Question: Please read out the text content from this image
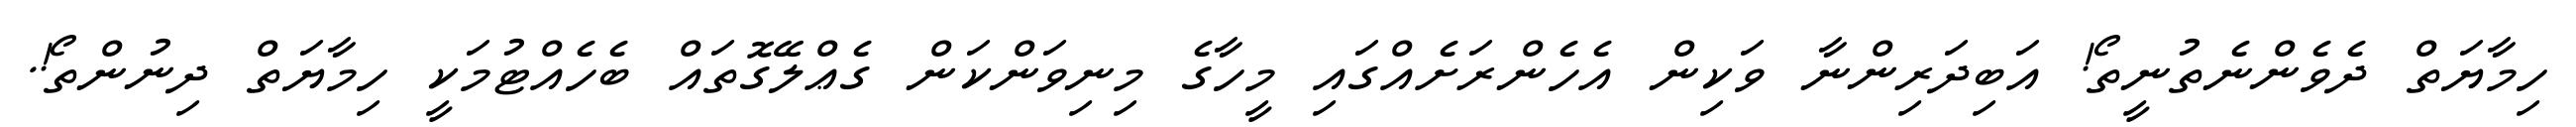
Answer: ހިމާޔަތް ދެވެންނެތުނީތޯ! އަބިދަރިންނާ ވަކިން އެހެންރަށެއްގައި މީހާގެ މިނިވަންކަން ގެޢްލޭގޮތައް ބެހެއްޓުމަކީ ހިމާޔަތް ދިނުންތޯ!.